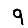
Digit: 9